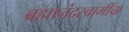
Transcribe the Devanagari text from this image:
ब्रह्मानंदस्वामींचा